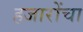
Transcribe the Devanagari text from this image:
हजारोंचा